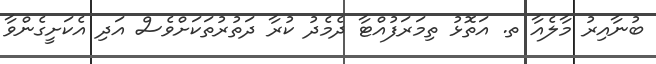
ބުނާއިރު މާލެއާ ތ. އަތޮޅު ތިމަރަފުއްޓާ ދެމެދު ކުރާ ދަތުރުތަކަށްވެސް އަދި އެކަށީގެންވާ